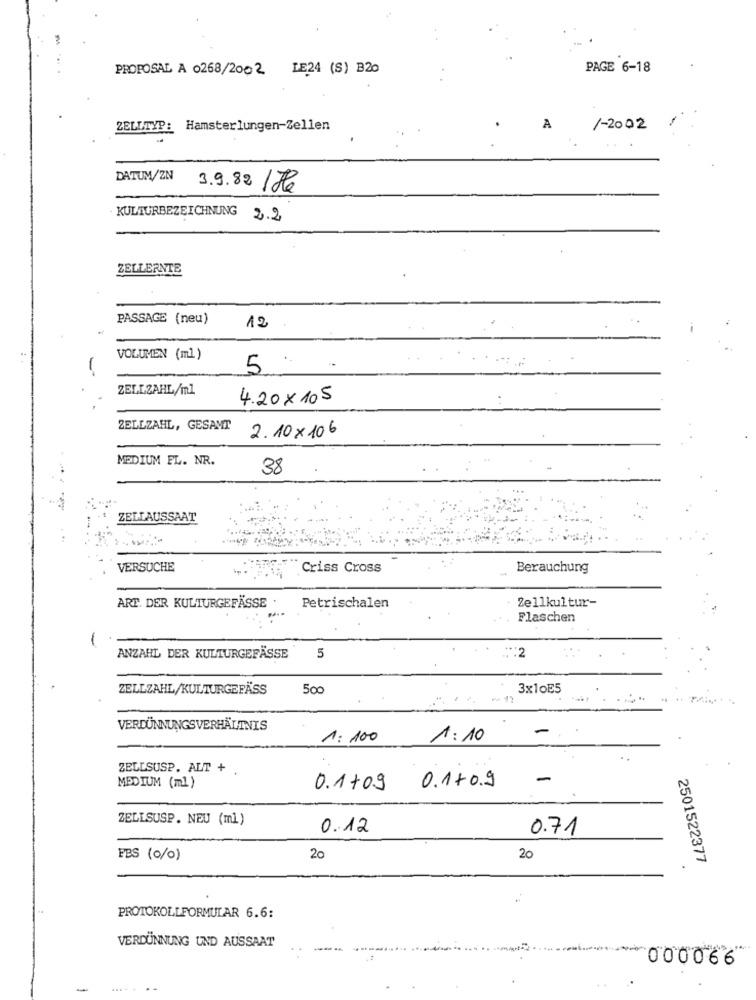
PROPOSAL A 0268/2002 LE24 (S) B20
PAGE 6-18
ZELLTYP: Hamsterlungen-Zellen
A
/-2002
DATUM/ZN
3.9.82 /He
·KULTURBEZEICHNUNG 2.2
ZELLERNTE
PASSAGE (neu)
12
VOLUMEN (ml)
5
ZELLZAHL/ml
4.20x 105
ZELLZAHL, GESAMT
2.10×106
MEDIUM EL. NR.
38
ZELLAUSSAAT
VERSUCHE
Criss Cross
Berauchung
Zellkultur-
ART. DER KULTURGEFÄSSE
Petrischalen
Flaschen
ANZAHL DER KULTURGEFÄSSE
:2
ZELLZAHL/KULTURGEFÄSS
500
3x10E5
VERDÜNNUNGSVERHÄLTNIS
1: 100
1:10
ZELLSUSP. ALT + .
-
MEDIUM (ml)
0.1+09
0.1+0.9
ZELLSUSP. NEU (ml)
0.12
0.71
FBS (0/0)
20
20
2501522377
PROTOKOLLFORMULAR 6.6:
VERDÜNNUNG UND AUSSAAT
000066
-
.....